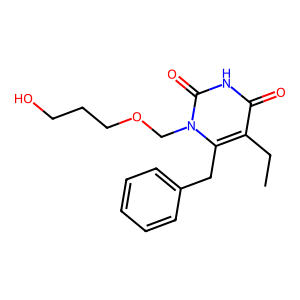
SMILES: CCc1c(Cc2ccccc2)n(COCCCO)c(=O)[nH]c1=O
Inhibits HIV replication: Yes